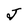
Character: J